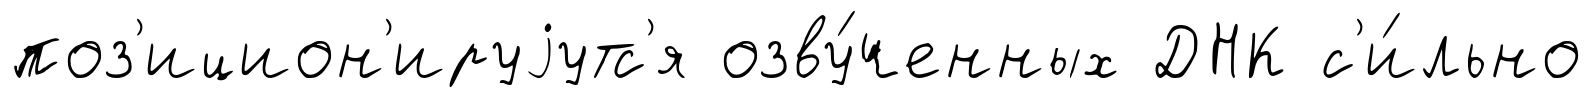
поз'ицион'ируjутс'я озву́ченных ДНК с'и́льно